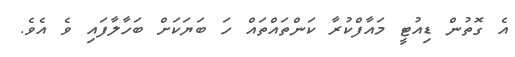
އެ ގޮތުން ޑިއުޓީ މައާފްކުރާ ކަންތައްތައް ހަ ބަޔަކަށް ބަހާލާފައި ވެ އެވެ.